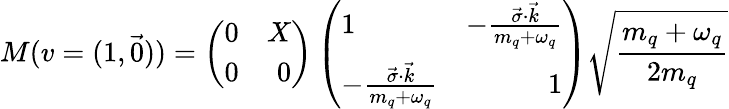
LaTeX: M(v=(1,\vec{0}))=\left(\begin{array}{lr}{{0}}&{{X}}\\ {{0}}&{{0}}\end{array}\right)\left(\begin{array}{lr}{{1}}&{{-\frac{\vec{\sigma}\cdot\vec{k}}{m_{q}+\omega_{q}}}}\\ {{-\frac{\vec{\sigma}\cdot\vec{k}}{m_{q}+\omega_{q}}}}&{{1}}\end{array}\right)\sqrt{\frac{m_{q}+\omega_{q}}{2m_{q}}}